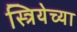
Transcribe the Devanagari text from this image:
स्त्रियेच्या